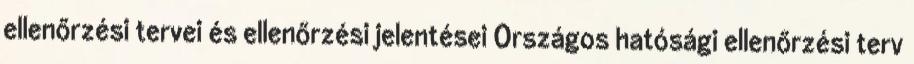
ellenőrzési tervei és ellenőrzési jelentései Országos hatósági ellenőrzési terv